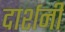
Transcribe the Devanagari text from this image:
दार्शनी